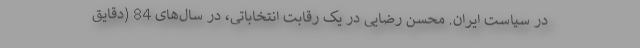
در سیاست ایران. محسن رضایی در یک رقابت انتخاباتی، در سال‌های 84 (دقایق